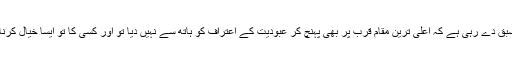
پس جس حال میں ہادیٔ اکمل کی طرزِ زندگی ہم کو یہ سبق دے رہی ہے کہ اعلیٰ ترین مقام قرب پر بھی پہنچ کر عبودیت کے اعتراف کو ہاتھ سے نہیں دیا تو اور کسی کا تو ایسا خیال کرنا اور ایسی باتوں کا دل میں لانا ہی فضول اور عبث ہے۔